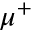
\mu ^ { + }